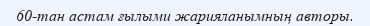
60-тан астам ғылыми жарияланымның авторы.